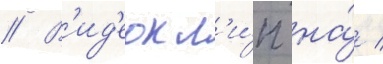
// В'ид'еокл'и́п на́ /